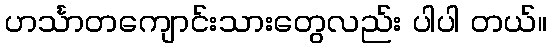
ဟင်္သာတကျောင်းသားတွေလည်း ပါပါ တယ်။